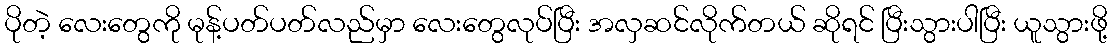
ပိုတဲ့ လေးတွေကို မုန့်ပတ်ပတ်လည်မှာ လေးတွေလုပ်ပြီး အလှဆင်လိုက်တယ် ဆိုရင် ပြီးသွားပါပြီး ယူသွားဖို့